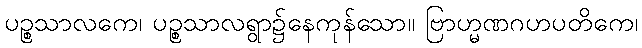
ပဉ္စသာလကေ၊ ပဉ္စသာလရွာ၌နေကုန်သော။ ဗြာဟ္မဏဂဟပတိကေ၊